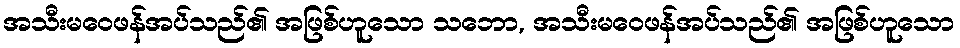
အသီးမဝေဖန်အပ်သည်၏ အဖြစ်ဟူသော သဘော, အသီးမဝေဖန်အပ်သည်၏ အဖြစ်ဟူသော